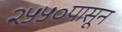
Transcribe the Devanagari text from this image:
२५५०पासून